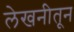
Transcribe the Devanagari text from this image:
लेखनीतून